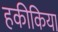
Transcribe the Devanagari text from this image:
हकीकिया